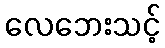
လေဘေးသင့်